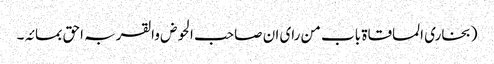
(بخاری المساقاۃ باب من رای ان صاحب الحوض والقربہ احق بمائہ۔